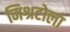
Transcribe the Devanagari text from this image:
मिश्रटोला